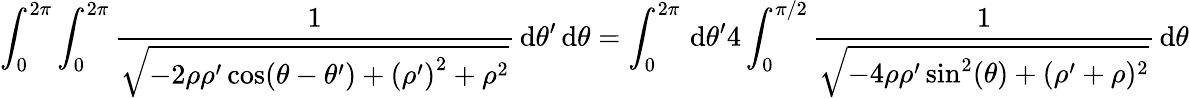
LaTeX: \int_{0}^{2\pi}\int_{0}^{2\pi}\frac{1}{\sqrt{-2\rho\rho^{\prime}\cos(\theta-\theta^{\prime})+{(\rho^{\prime})}^{2}+\rho^{2}}}\, {\mathrm{d}}\theta^{\prime}\, {\mathrm{d}}\theta=\int_{0}^{2\pi}\, {\mathrm{d}}\theta^{\prime}4\int_{0}^{\pi/2}\frac{1}{\sqrt{-4\rho\rho^{\prime}\sin^{2}(\theta)+({\rho^{\prime}}+\rho)^{2}}}\, {\mathrm{d}}\theta